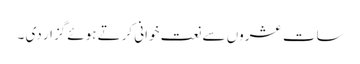
سات عشروں سے نعت خوانی کرتے ہوئے گزار دی ۔